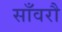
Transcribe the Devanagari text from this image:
साँवरौ